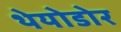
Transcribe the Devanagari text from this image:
थेयोडोर